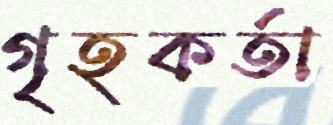
গৃহকর্তা